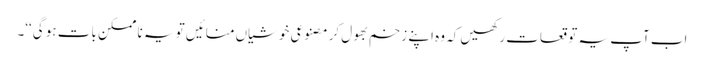
اب آپ یہ توقعات رکھیں کہ وہ اپنے زخم بھول کر مصنوعی خوشیاں منائیں تو یہ نا ممکن بات ہو گی‘‘۔